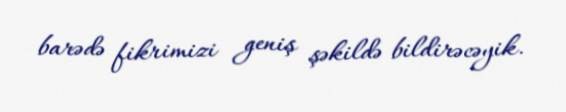
barədə fikrimizi geniş şəkildə bildirəcəyik.